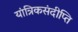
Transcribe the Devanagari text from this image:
यांत्रिकसंदीप्ति